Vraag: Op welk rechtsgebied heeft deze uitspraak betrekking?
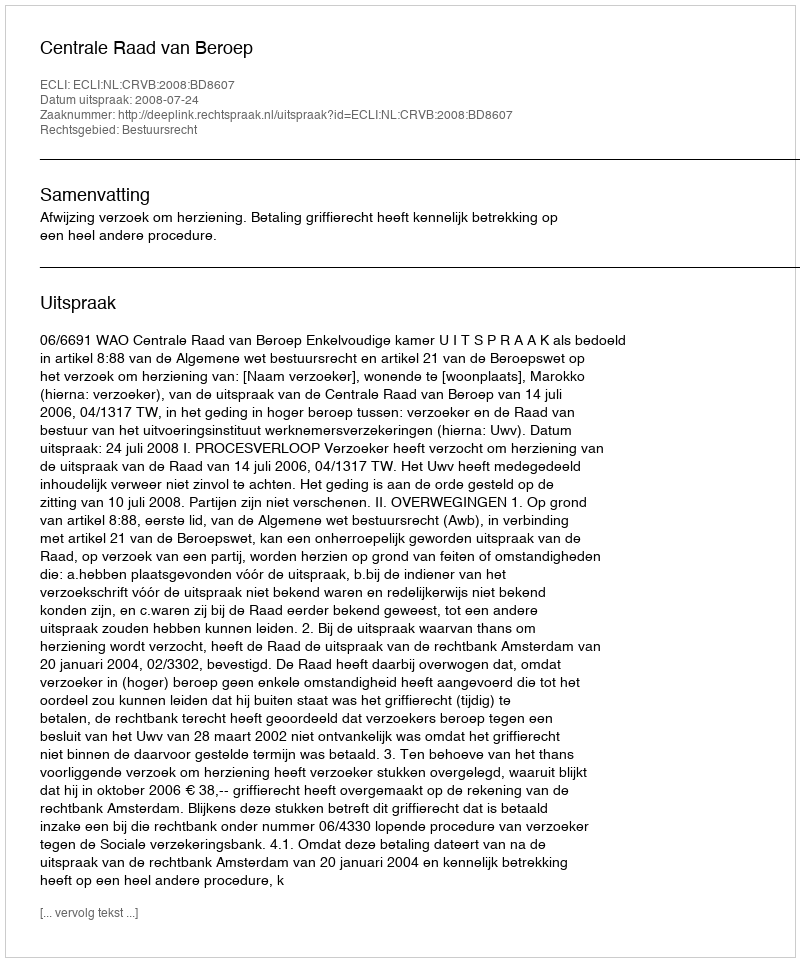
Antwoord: Bestuursrecht